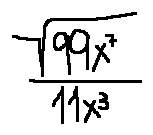
\frac { \sqrt { 9 9 x ^ { 7 } } } { 1 1 x ^ { 3 } }